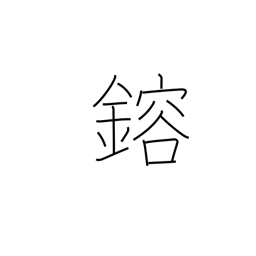
Meaning: melt